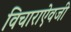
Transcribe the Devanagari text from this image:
विचाराऐवजी